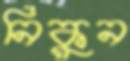
নিকুন